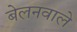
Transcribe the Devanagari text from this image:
बेलनवाले